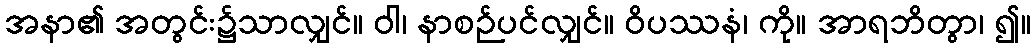
အနာ၏ အတွင်း၌သာလျှင်။ ဝါ၊ နာစဉ်ပင်လျှင်။ ဝိပဿနံ၊ ကို။ အာရဘိတွာ၊ ၍။